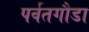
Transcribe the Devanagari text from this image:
पर्वतगौडा